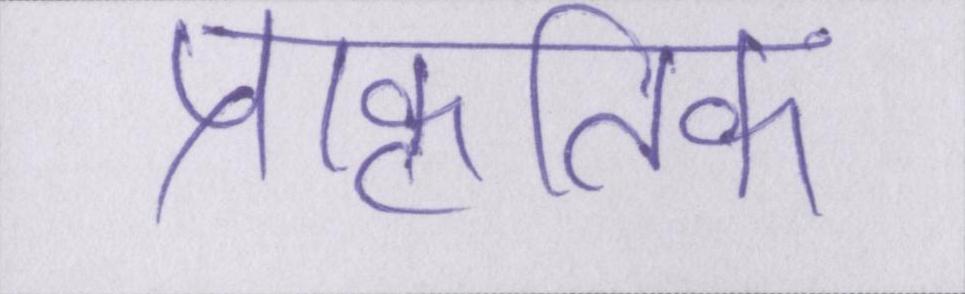
प्राकृतिक